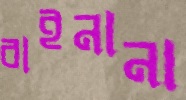
বাইনানা